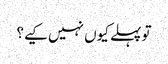
تو پہلے کیوں نہیں کیے؟